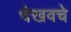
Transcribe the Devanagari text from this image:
चेखवचे